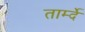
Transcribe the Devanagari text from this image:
तार्म्दे